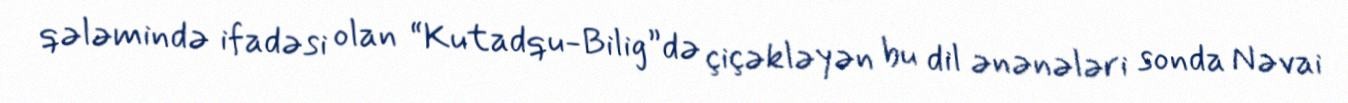
qələmində ifadəsi olan “Kutadqu-Bilig”də çiçəkləyən bu dil ənənələri sonda Nəvai